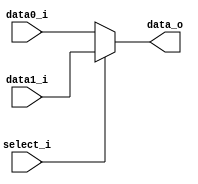
//a 0516327
//Subject:     CO project 2 - MUX 221
//--------------------------------------------------------------------------------
//Version:     1
//--------------------------------------------------------------------------------
//Writer:      Luke
//----------------------------------------------
//----------------------------------------------
//Description: 
//--------------------------------------------------------------------------------
     
module MUX_2to1(
               data0_i,
               data1_i,
               select_i,
               data_o
               );	   
			
parameter size = 0;	
			
//I/O ports               
input	[size-1:0]   data0_i;          
input	[size-1:0]   data1_i;
input   			 select_i;

output	[size-1:0]   data_o; 

//Internal Signals
//reg     [size-1:0] data_o;

//Main function
assign data_o = (select_i == 1'b0) ? data0_i : data1_i;

endmodule